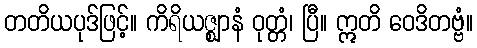
တတိယပုဒ်ဖြင့်။ ကိရိယဇ္ဈာနံ ဝုတ္တံ၊ ပြီ။ ဣတိ ဝေဒိတဗ္ဗံ။